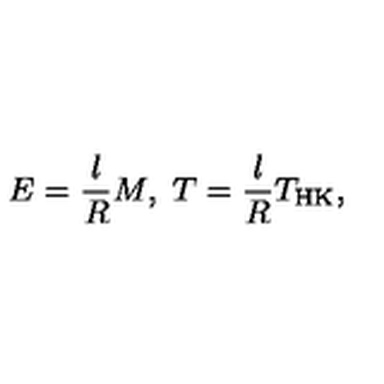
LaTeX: E = \frac { l } { R } M , \ T = \frac { l } { R } T _ { \mathrm { H K } } ,